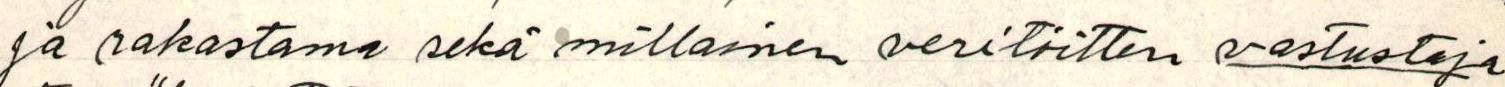
ja rakastama sekä millainen veritöitten vastustaja